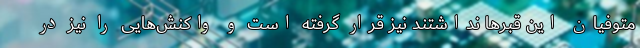
متوفیان این قبرها نداشتند نیز قرار گرفته است و واکنش‌هایی را نیز در